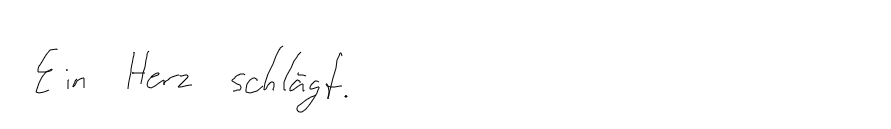
Ein Herz schlägt.